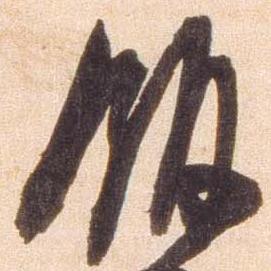
飯